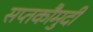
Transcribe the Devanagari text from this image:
सप्तकौमुदी